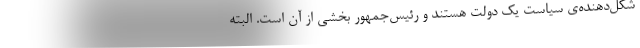
شکل‌دهنده‌ی سیاست یک دولت هستند و رئیس‌جمهور بخشی از آن است. البته